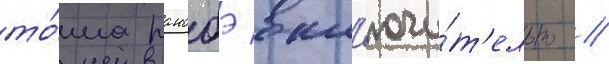
то́ма ранобэ вкл'ючи́т'ельно //